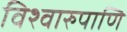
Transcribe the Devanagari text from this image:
विश्वारुपाणि